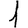
Digit: 1